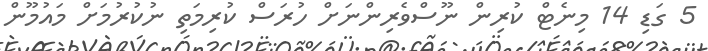
5 ގަޑި 14 މިނެޓް ކުރިން ނޫސްވެރިންްނަށް ހުރަސް ކުރިމަތި ނުކުރުމަށް މައުމޫން